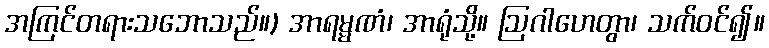
အကြင်တရားသဘောသည်။) အာရမ္မဏံ၊ အာရုံသို့။ ဩဂါဟေတွာ၊ သက်ဝင်၍။